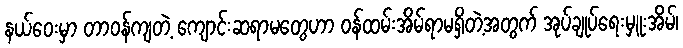
နယ်ဝေးမှာ တာဝန်ကျတဲ့ ကျောင်းဆရာမတွေဟာ ဝန်ထမ်းအိမ်ရာမရှိတဲ့အတွက် အုပ်ချုပ်ရေးမှူးအိမ်၊